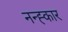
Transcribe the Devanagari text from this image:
नन्ह्कार